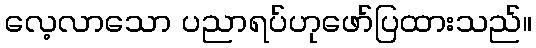
လေ့လာသော ပညာရပ်ဟုဖော်ပြထားသည်။